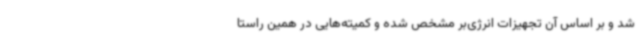
شد و بر اساس آن تجهیزات انرژی‌بر مشخص شده و کمیته‌هایی در همین راستا